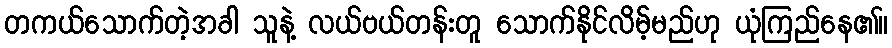
တကယ်သောက်တဲ့အခါ သူနဲ့ လယ်ဗယ်တန်းတူ သောက်နိုင်လိမ့်မည်ဟု ယုံကြည်နေ၏။